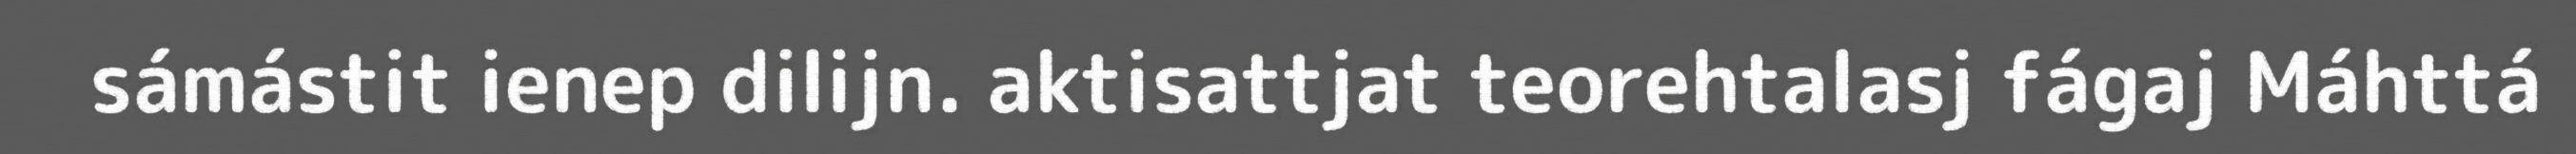
sámástit ienep dilijn. aktisattjat teorehtalasj fágaj Máhttá